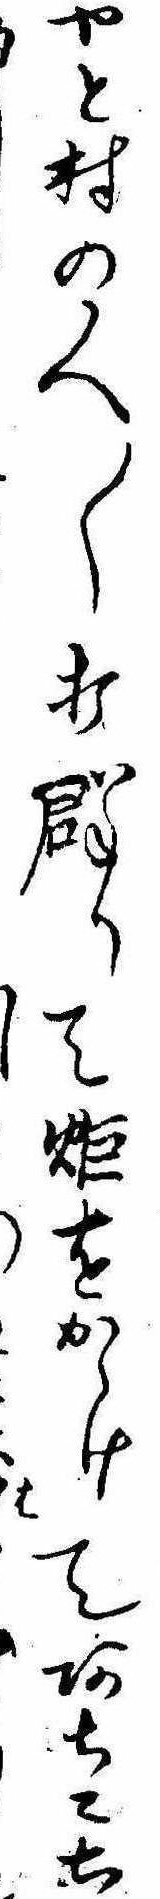
やと村の人〱打群りて炬をかゝけてあちこち